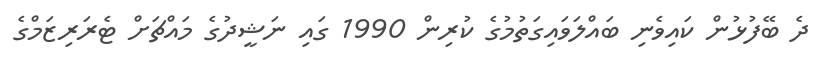
ދެ ބޭފުޅުން ކައިވެނި ބައްލަވައިގަތުމުގެ ކުރިން 1990 ގައި ނަޝީދުގެ މައްޗަށް ޓެރަރިޒަމްގެ